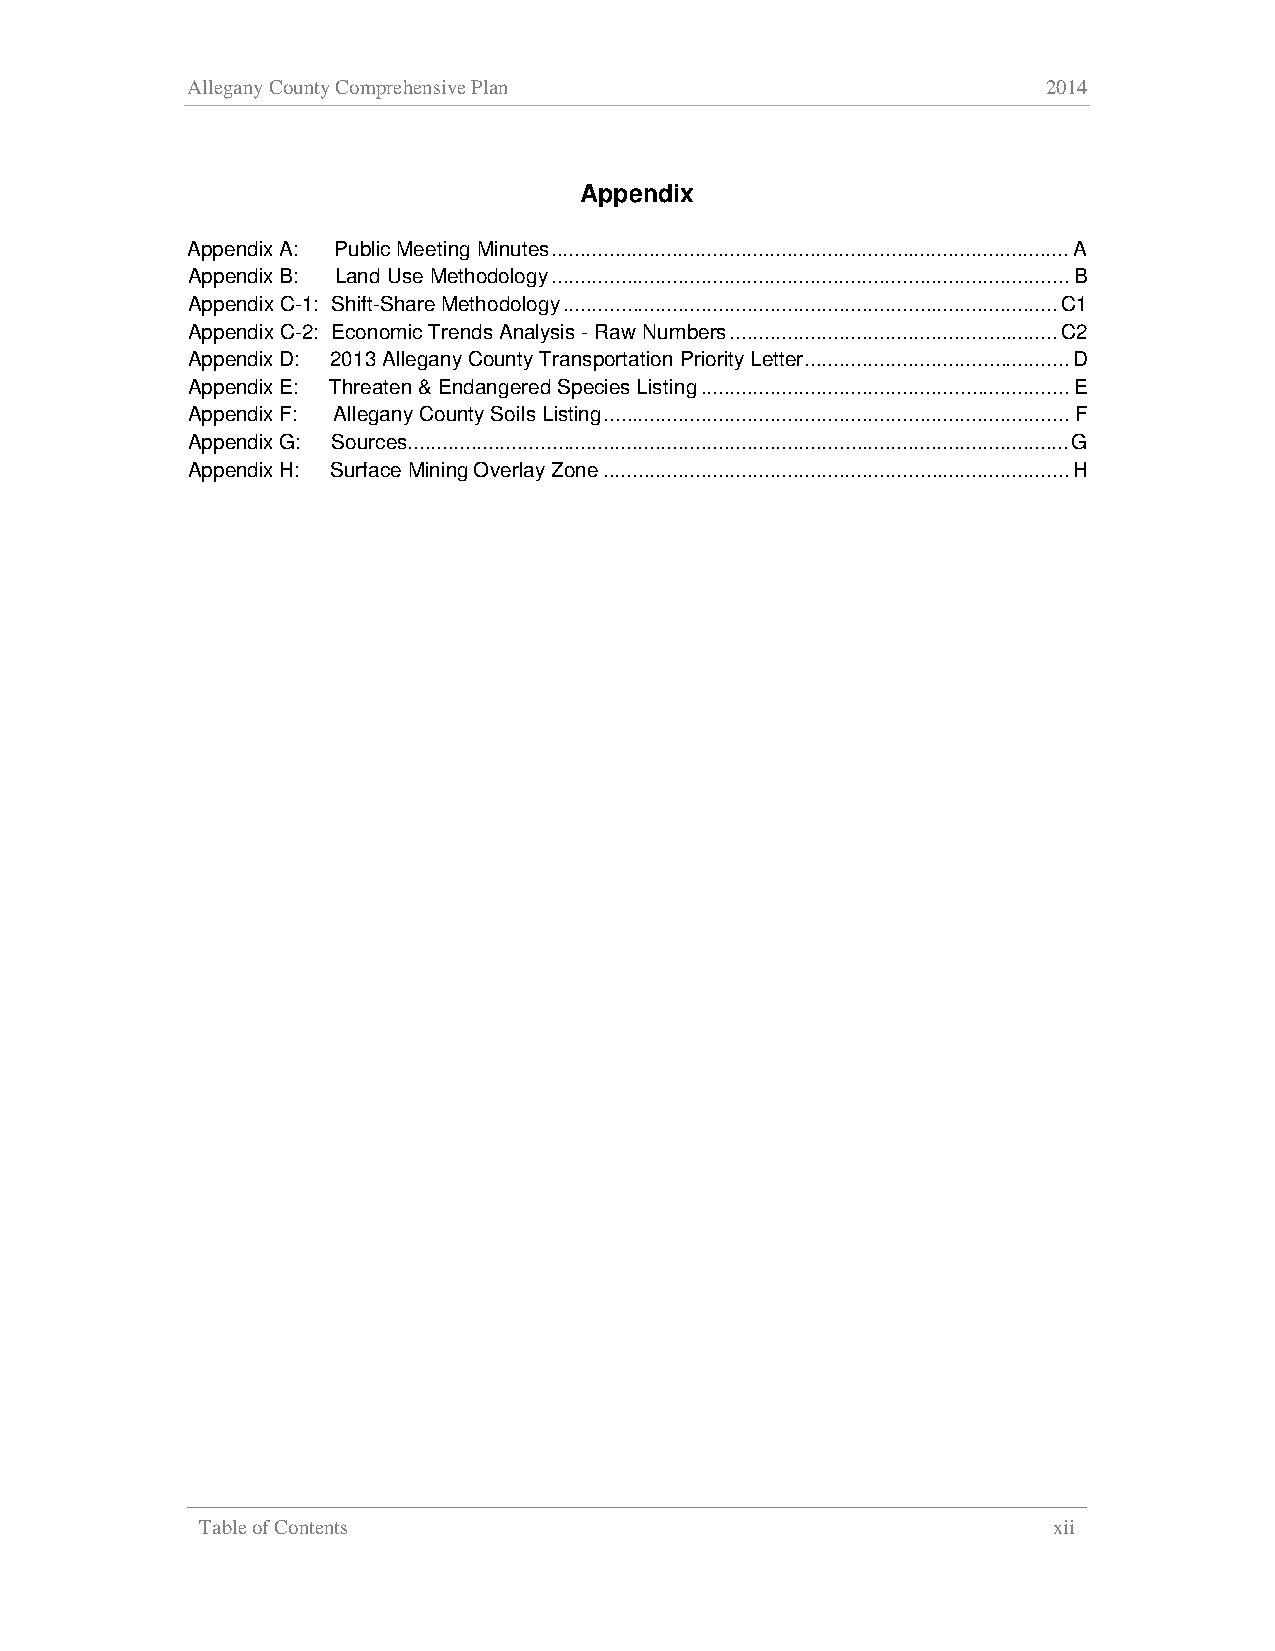
Allegany County Comprehensive Plan                       2014
 Appendix
 Appendix A: Public Meeting Minutes .......................................................................................... A
 Appendix B: Land Use Methodology .......................................................................................... B
 Appendix C-1: Shift-Share Methodology ...................................................................................... C1
 Appendix C-2: Economic Trends Analysis - Raw Numbers ......................................................... C2
 Appendix D: 2013 Allegany County Transportation Priority Letter .............................................. D
 Appendix E: Threaten & Endangered Species Listing ................................................................ E
 Appendix F: Allegany County Soils Listing ................................................................................. F
 Appendix G: Sources ................................................................................................................... G
 Appendix H: Surface Mining Overlay Zone ................................................................................. H
 Table of Contents                                        xii